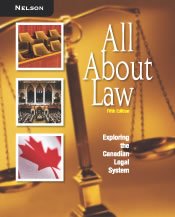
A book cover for All about Law : Exploring the Canadian Legal System; Dwight Gibson; Law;